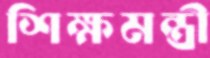
শিক্ষমন্ত্রী